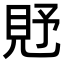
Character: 𧠐